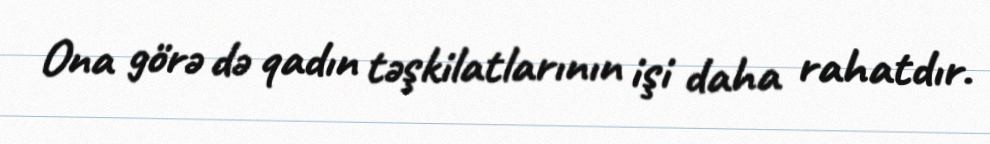
Ona görə də qadın təşkilatlarının işi daha rahatdır.